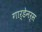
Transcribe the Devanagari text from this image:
गार्डेनर्स